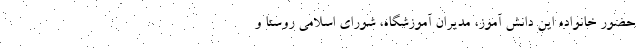
حضور خانواده این دانش آموز، مدیران آموزشگاه، شورای اسلامی روستا و